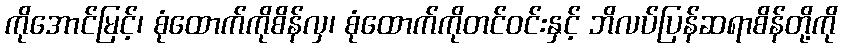
ကိုအောင်မြင့်၊ စုံထောက်ကိုစိန်လှ၊ စုံထောက်ကိုတင်ဝင်းနှင့် ဘိလပ်ပြန်ဆရာစိန်တို့ကို